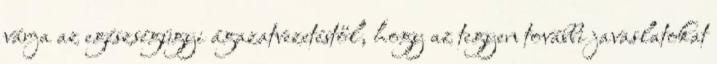
várja az egészségügyi ágazatvezetéstől, hogy az tegyen további javaslatokat